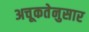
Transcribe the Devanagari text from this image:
अचूकतेनुसार